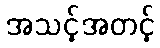
အသင့်အတင့်